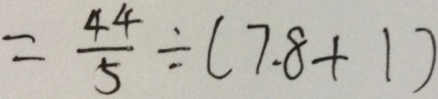
= \frac { 4 4 } { 5 } \div ( 7 . 8 + 1 )